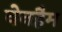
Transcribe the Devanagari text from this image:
वेनहैम